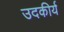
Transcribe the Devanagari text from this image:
उदकीर्य